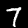
Label: 7